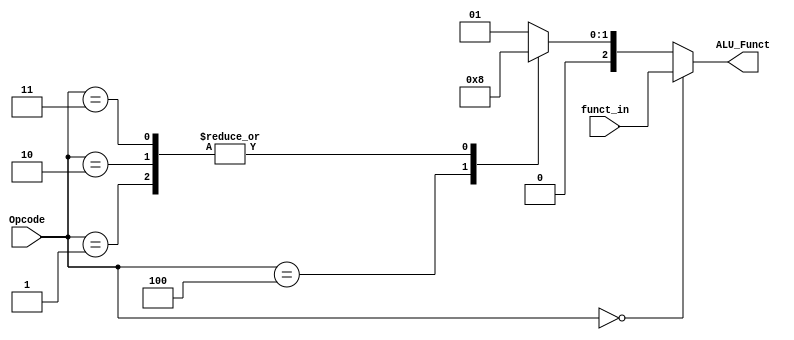
module alu_control(ALU_Funct,Opcode, funct_in);
output reg [2:0]ALU_Funct;
input [2:0]Opcode;
input [2:0]funct_in;
localparam R_TYPE = 3'd0;
localparam ADDI = 3'b001;
localparam BEQ = 3'b100;
localparam LB = 3'b010;
localparam SB = 3'b011;
always @(*)
begin
ALU_Funct = 3'b000;
if(Opcode == R_TYPE)
begin
ALU_Funct = funct_in;
end
else
begin
case(Opcode)
ADDI:
begin
ALU_Funct = 3'b000 ; // ADD
end
BEQ:
begin
ALU_Funct = 3'b010 ; // SUB
end
LB:
begin
ALU_Funct = 3'b000 ; // ADD
end
SB:
begin
ALU_Funct = 3'b000 ; // ADD
end
default:
begin
ALU_Funct = 3'b001;
end
endcase
end
end
endmodule